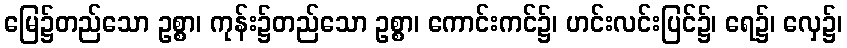
မြေ၌တည်သော ဥစ္စာ၊ ကုန်း၌တည်သော ဥစ္စာ၊ ကောင်းကင်၌၊ ဟင်းလင်းပြင်၌၊ ရေ၌၊ လှေ၌၊